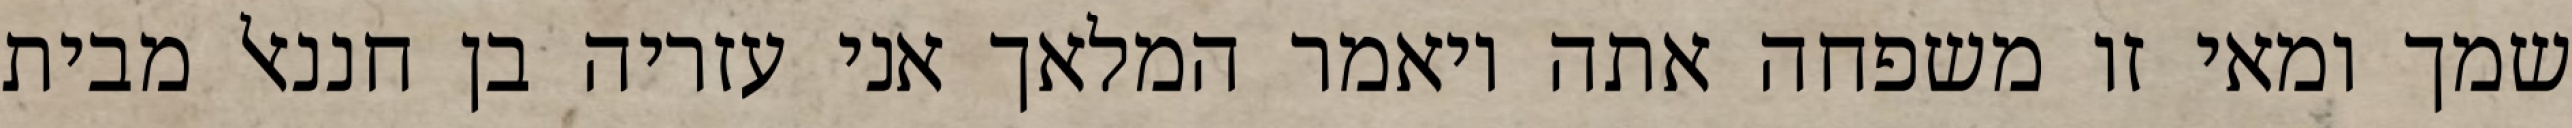
שמך ומאי זו משפחה אתה ויאמר המלאך אני עזריה בן חננאל מבית